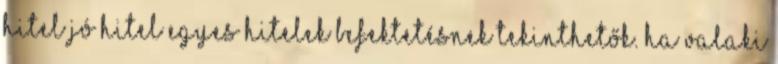
hitel Jó hitel Egyes hitelek befektetésnek tekinthetők. Ha valaki